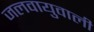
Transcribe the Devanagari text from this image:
जलवायुवाली